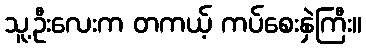
သူ့ဦးလေးက တကယ့် ကပ်စေးနှဲကြီး။